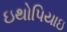
ઇથોપિયાઇ